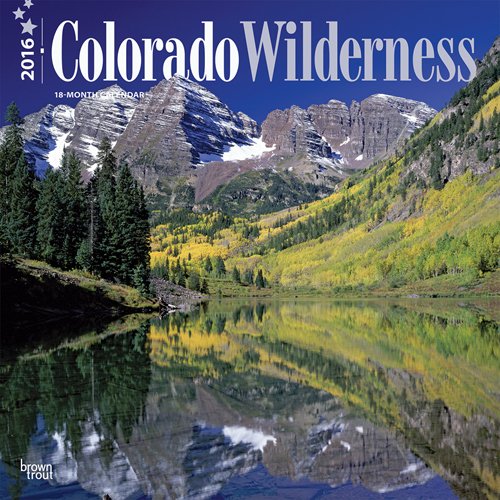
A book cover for Colorado Wilderness 2016 Square 12x12; Browntrout Publishers; Calendars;